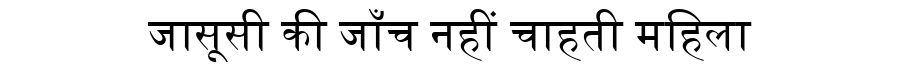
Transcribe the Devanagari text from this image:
जासूसी की जाँच नहीं चाहती महिला